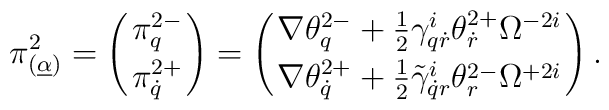
\pi^2_{(\underline\alpha)}=\left(\pi^{2-}_q\atop\pi^{2+}_{\dot q}\right)=\left(\nabla\theta^{2-}_q+\frac12\gamma^i_{q\dot r}\theta^{2+}_{\dot r}\Omega^{-2i}\atop \nabla\theta^{2+}_{\dot q}+\frac12\tilde\gamma^i_{\dot qr}\theta^{2-}_r\Omega^{+2i}\right).